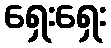
ရှေးရှေး